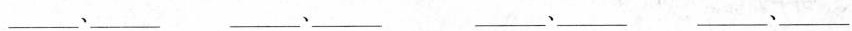
___、___ ___、____ ___、____ ___、____